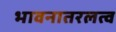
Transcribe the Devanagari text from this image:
भावनातरलत्व